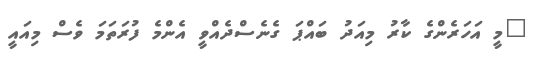
"މީ އަހަރެންގެ ކާރު މިއަދު ބައްޕަ ގެނެސްދެއްވީ އެންމެ ފުރަތަމަ ވެސް މިއައީ